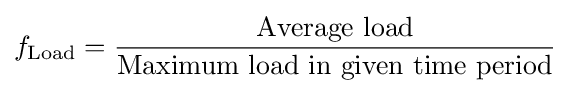
f_{\text{Load}}={\frac {\text{Average load}}{\text{Maximum load in given time period}}}